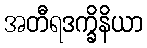
အတီရဒက္ခိနိယာ